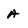
Character: A